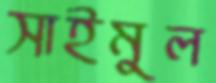
সাইমুল